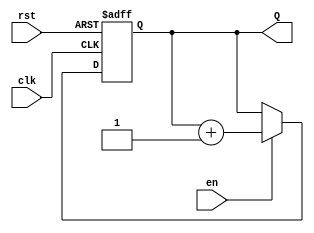
module binary_counter #(
    parameter N = 4  // Number of bits for the counter
)(
    input wire clk,    // Clock input
    input wire rst,    // Asynchronous reset input
    input wire en,     // Enable input
    output reg [N-1:0] Q // Counter output
);

    // On each rising edge of the clock
    always @(posedge clk or posedge rst) begin
        if (rst) begin
            // Asynchronous reset
            Q <= 0; // Reset counter to 0
        end else if (en) begin
            // Increment the counter if enabled
            Q <= Q + 1;
        end
        // If not enabled, retain the current value of Q
    end

endmodule